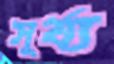
সূর্য্য